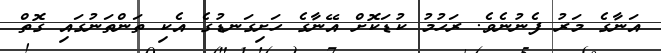
އަނާގެ މަރު ފެނުނެވެ. ރަހުމު ކުޑަކޮށް އޭނާގެ ހަށިގަނޑުގެ އެކި ތަންތަނުގައި ގޮތް